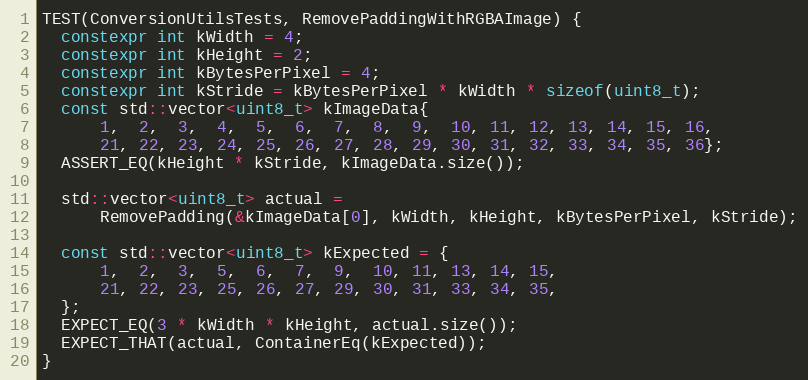
Language: C++
TEST(ConversionUtilsTests, RemovePaddingWithRGBAImage) {
  constexpr int kWidth = 4;
  constexpr int kHeight = 2;
  constexpr int kBytesPerPixel = 4;
  constexpr int kStride = kBytesPerPixel * kWidth * sizeof(uint8_t);
  const std::vector<uint8_t> kImageData{
      1,  2,  3,  4,  5,  6,  7,  8,  9,  10, 11, 12, 13, 14, 15, 16,
      21, 22, 23, 24, 25, 26, 27, 28, 29, 30, 31, 32, 33, 34, 35, 36};
  ASSERT_EQ(kHeight * kStride, kImageData.size());

  std::vector<uint8_t> actual =
      RemovePadding(&kImageData[0], kWidth, kHeight, kBytesPerPixel, kStride);

  const std::vector<uint8_t> kExpected = {
      1,  2,  3,  5,  6,  7,  9,  10, 11, 13, 14, 15,
      21, 22, 23, 25, 26, 27, 29, 30, 31, 33, 34, 35,
  };
  EXPECT_EQ(3 * kWidth * kHeight, actual.size());
  EXPECT_THAT(actual, ContainerEq(kExpected));
}